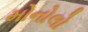
મોનોલો